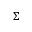
\Sigma